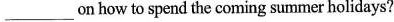
___ on how to spend the coming summer holidays?